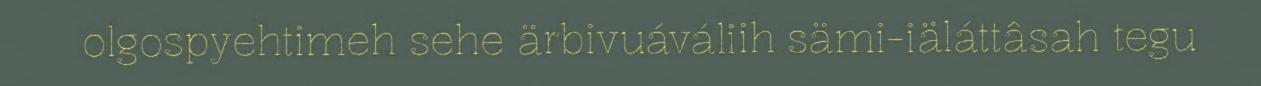
olgospyehtimeh sehe ärbivuáváliih sämi-iäláttâsah tegu